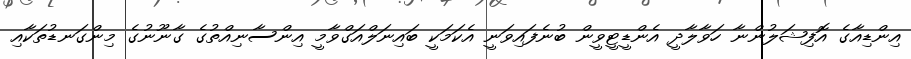
އިންޑިއާގެ އޮފިޝަލުންނާ ހަވާލާދީ އެންޑީޓީވީން ބުނެފައިވަނީ އެކަމަކީ ބައިނަލްއަގްވާމީ އިންސާނިއްތުގެ ގާނޫނުގެ މިންގަނޑުތަކާއި